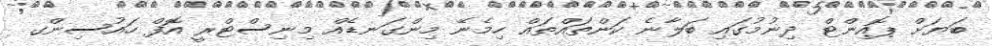
ބަޔަށް ޕޮއިންޓް ދިނުމުގައި ބަލާނެ ކަންތައްތައް ހިމެނޭ މިންގަނޑެއް މިނިސްޓްރީ އޮފް ހައުސިންގ